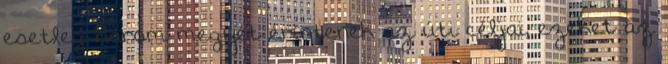
esetleg három megyét érintenek az úti céljai, ezeket az